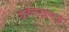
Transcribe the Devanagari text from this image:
यह्लखनऊ